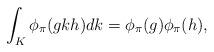
LaTeX: \begin{align*} \int_{K}\phi_{\pi}(gkh)dk = \phi_{\pi}(g)\phi_{\pi}(h),\end{align*}